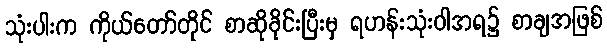
သုံးပါးက ကိုယ်တော်တိုင် စာဆိုခိုင်းပြီးမှ ရဟန်းသုံးဝါအရ၌ စာချအဖြစ်